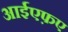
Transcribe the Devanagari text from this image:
आईएफ़ए